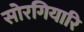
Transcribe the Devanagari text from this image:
सोरगियारि